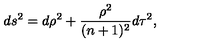
d s ^ { 2 } = d \rho ^ { 2 } + \frac { \rho ^ { 2 } } { ( n + 1 ) ^ { 2 } } d \tau ^ { 2 } ,